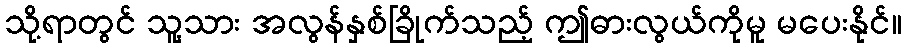
သို့ရာတွင် သူ့သား အလွန်နှစ်ခြိုက်သည့် ဤဓားလွယ်ကိုမူ မပေးနိုင်။